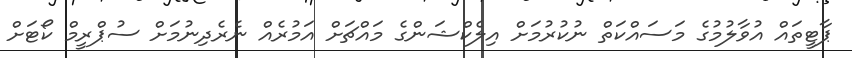
ޕާޓީތައް އުވާލުމުގެ މަސައްކަތް ނުކުރުމަށް އިލެކްޝަންގެ މައްޗަށް އަމުރެއް ނެރެދިނުމަށް ސުޕްރީމް ކޯޓަށް